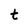
Character: t